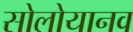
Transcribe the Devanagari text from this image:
सोलोयानव